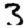
Digit: 3